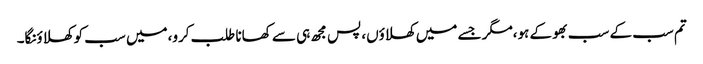
تم سب کے سب بھوکے ہو،مگر جسے میں کھلاؤں، پس مجھ ہی سے کھانا طلب کرو،میں سب کو کھلاؤنگا۔